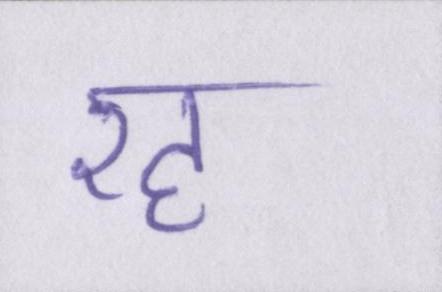
रह